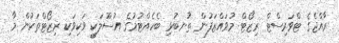
ރާއްޖެގެ ޓްވަރިސްޓް ރިޒޯޓް މުވައްޒަފުން ތުނބުޅި ބެހެއްޓުމުގެ އުސޫލަކީ ވަކިވަކި ރިޒޯޓްތަކުން މާ